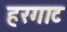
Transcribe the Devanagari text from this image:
हरगाट